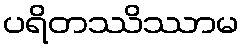
ပရိတဿိဿာမ